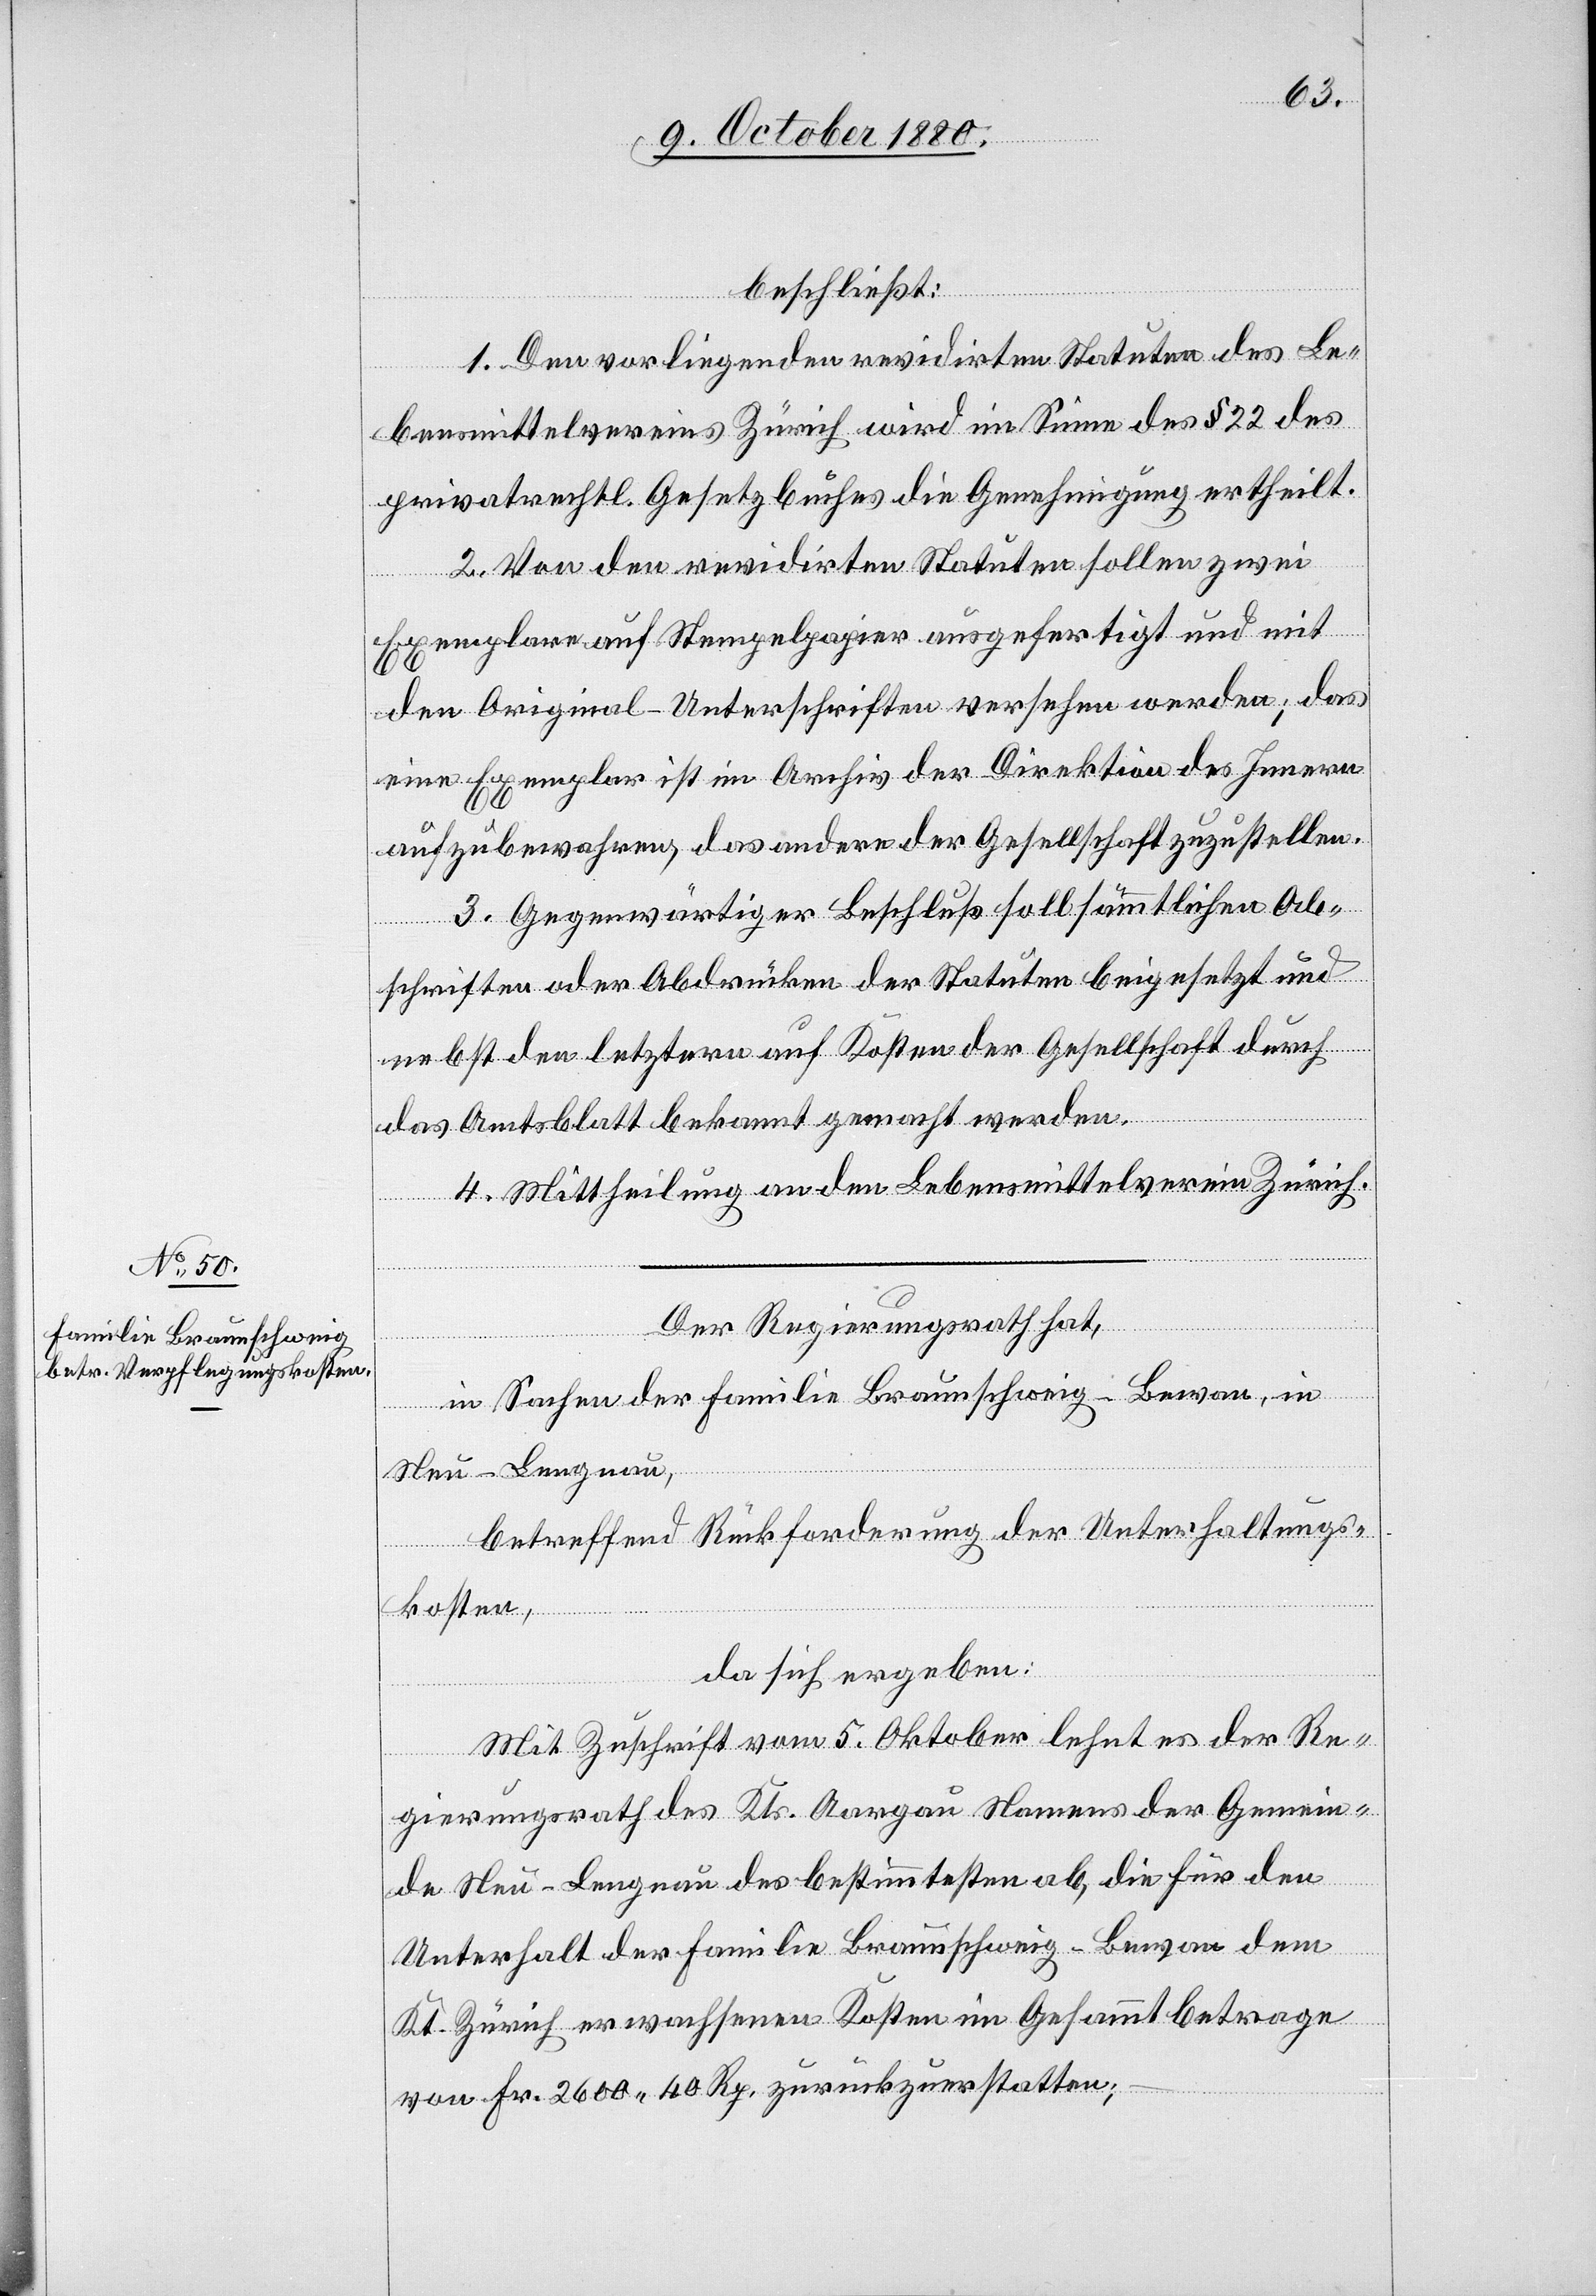
beschließt:
1. Den vorliegenden revidirten Statuten des Le¬
bensmittelvereins Zürich wird im Sinne des § 22 des
privatrechtl. Gesetzbuches die Genehmigung ertheilt.
2. Von den revidirten Statuten sollen zwei
Exemplare auf Stempelpapier ausgefertigt und mit
den Original-Unterschriften versehen werden; das
eine Exemplar ist im Archiv der Direktion des Innern
aufzubewahren, das andere der Gesellschaft zuzustellen.
3. Gegenwärtiger Beschluß soll sämmtlichen Ab¬
schriften oder Abdrücken der Statuen beigesetzt und
nebst den letztern auf Kosten der Gesellschaft durch
das Amtsblatt bekannt gemacht werden.
4. Mittheilung an den Lebensmittelverein Zürich.
Der Regierungsrath hat,
in Sachen der Familie Braunschweig-Bewan, in
Neu-Lengnau,
betreffend Rückforderung der Unterhaltungs¬
kosten,
da sich ergeben:
Mit Zuschrift vom 5. Oktober lehnt es der Re¬
gierungsrath des Kts. Aargau Namens der Gemein¬
de Neu-Lengnau des bestimmtesten ab, die für den
Unterhalt der Familie Braunschweig-Bewan dem
Kt. Zürich erwachsenen Kosten im Gesammtbetrage
von Fr. 2600 40 Rp. zurückzuerstatten;